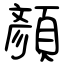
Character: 顏